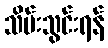
သိမ်းသွင်းရန်